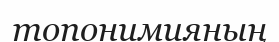
топонимияның